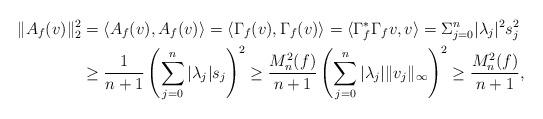
LaTeX: \begin{align*}\|A_f(v)\|_2^2&=\langle A_f (v),A_f (v)\rangle=\langle \Gamma_f (v),\Gamma_f (v)\rangle=\langle \Gamma^*_f\Gamma_f v,v\rangle=\Sigma_{j=0}^n|\lambda_j|^2s_j^2\\&\geq\frac{1}{n+1}\left(\sum_{j=0}^n |\lambda_j|s_j\right)^2\geq\frac{M_n^2(f)}{n+1}\left(\sum_{j=0}^n|\lambda_j|\|v_j\|_\infty\right)^2\geq \frac{M_n^2(f)}{n+1},\end{align*}